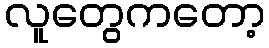
လူတွေကတော့